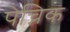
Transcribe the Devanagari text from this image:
पेच्निक